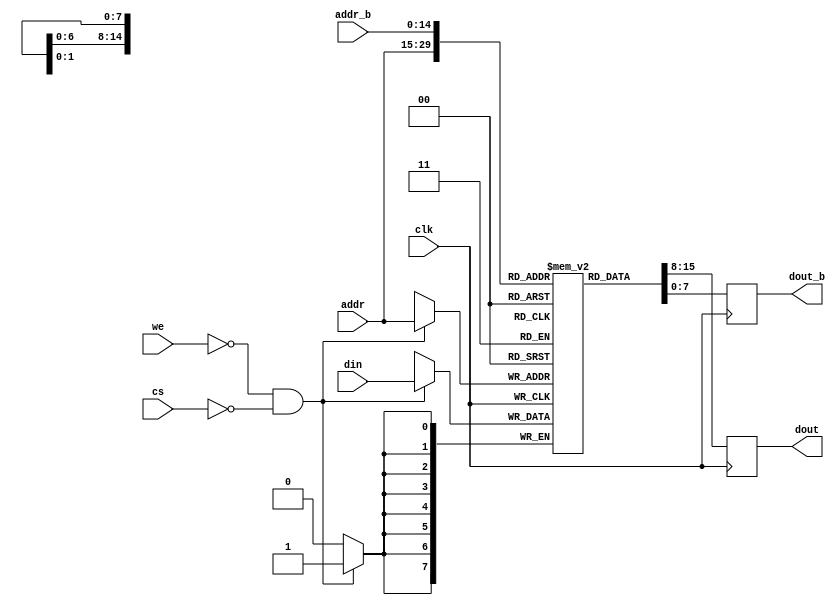

module ram (
  input clk,
  input [14:0] addr,
  input [7:0] din,
  input we,
  input cs,
  output reg [7:0] dout,

  // port b
  input [14:0] addr_b,
  output reg [7:0] dout_b
);

reg [7:0] memory[32767:0];

`ifdef XILINX_ISIM
  reg [14:0] ii;
  initial begin
    for (ii = 0; ii < 32767; ii = ii + 1) memory[ii] = 0;
  end
`endif

always @(posedge clk) begin
  if (~we && ~cs) memory[addr] <= din;
  dout <= memory[addr];
  dout_b <= memory[addr_b];
end

endmodule